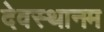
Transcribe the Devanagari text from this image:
देवस्‍थानम